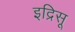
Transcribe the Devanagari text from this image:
इद्रिसू